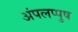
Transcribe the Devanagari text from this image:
अंपलप्पुष